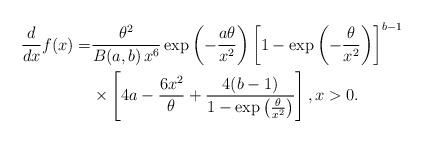
LaTeX: \begin{align*}\frac{d}{dx}f(x) =&\frac{\theta^{2}}{B(a,b)\,x^6}\exp\left(-\frac{a\theta}{x^2}\right)\left[1-\exp\left(-\frac{\theta}{x^2}\right)\right]^{b-1}\\&\times\left[4a-\frac{6x^2}{\theta}+\frac{4(b-1)}{1-\exp\left(\frac{\theta}{x^2}\right)}\right],x>0.\end{align*}